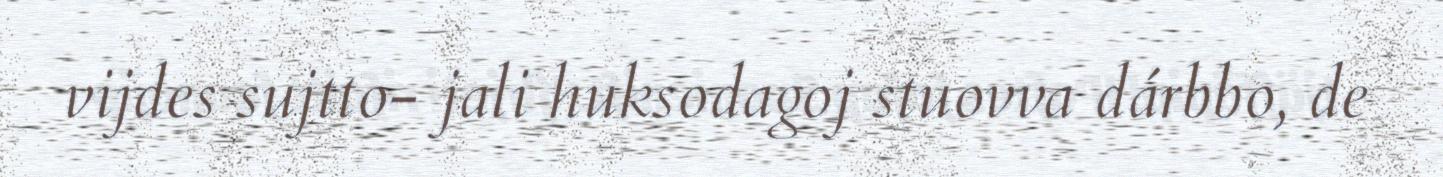
vijdes sujtto- jali huksodagoj stuovva dárbbo, de